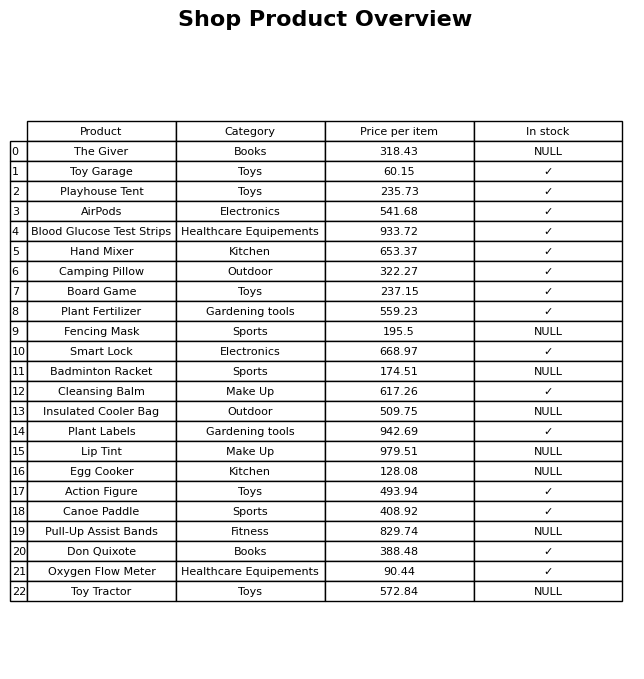
question: Which products are available in stock?
answer: Toy Garage, Playhouse Tent, AirPods, Blood Glucose Test Strips, Hand Mixer, Camping Pillow, Board Game, Plant Fertilizer, Smart Lock, Cleansing Balm, Plant Labels, Action Figure, Canoe Paddle, Don Quixote, Oxygen Flow Meter